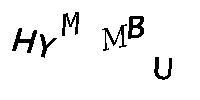
HYMMBU